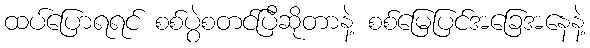
ထပ်ပြောရရင် စစ်ပွဲစတင်ပြီဆိုတာနဲ့ စစ်မြေပြင်အခြေအနေနဲ့